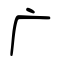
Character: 广